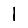
Digit: 1